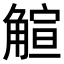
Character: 𧤎